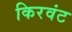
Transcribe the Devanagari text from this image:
किरवंट